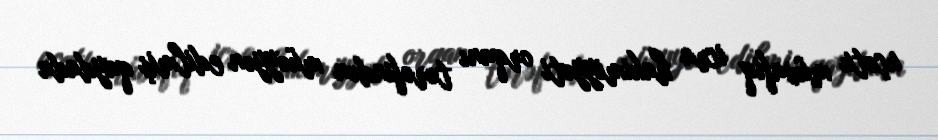
uçotu müvafiq icra hakimiyyəti orqanı tərəfindən müəyyən edilmiş qaydada